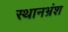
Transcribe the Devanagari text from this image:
स्थानभ्रंश